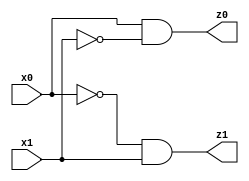
// Benchmark "q_3" written by ABC on Mon Jul 10 14:17:46 2023

module q_3 ( 
    x0, x1,
    z0, z1  );
  input  x0, x1;
  output z0, z1;
  assign z0 = x0 & ~x1;
  assign z1 = ~x0 & x1;
endmodule